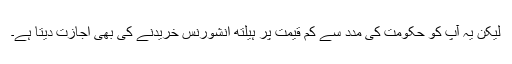
لیکن یہ آپ کو حکومت کی مدد سے کم قیمت پر ہیلتھ انشورنس خریدنے کی بھی اجازت دیتا ہے۔